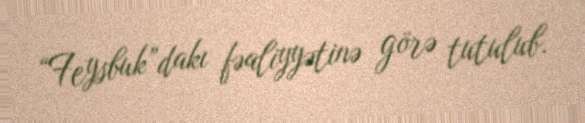
“Feysbuk”dakı fəaliyyətinə görə tutulub.